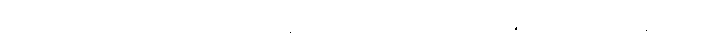
ဝိတ္ထာရတော၊ အကျယ်အားဖြင့်။ ဧတေသံ၊ ဤ ၅-ပါးသော အာရုံတို့၏။ မနောဒွါရေ၊